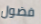
فضول